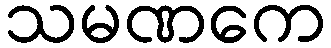
သမဏကေ